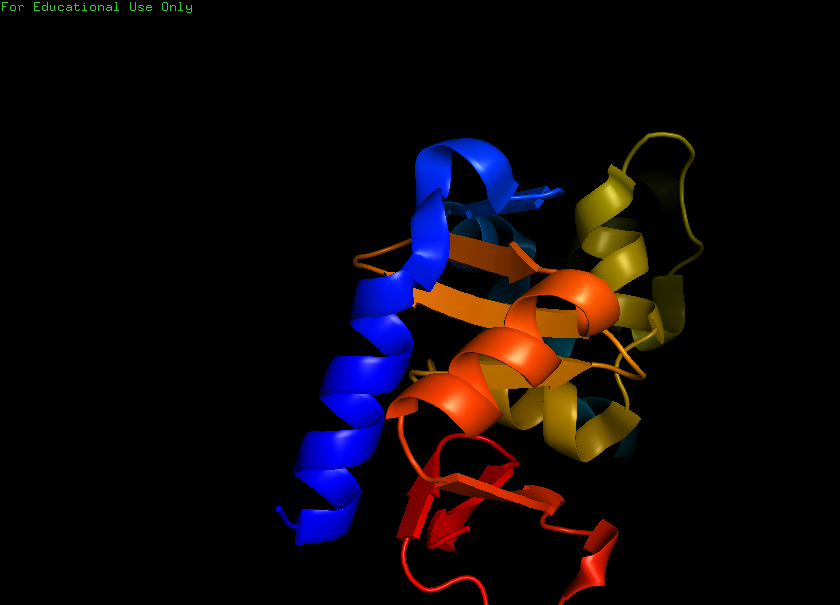
pymol, preset, pretty